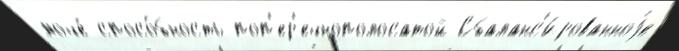
моче́ спосо́бность поп'ер'ечнополосатой Сбаланс'и́рованноjе